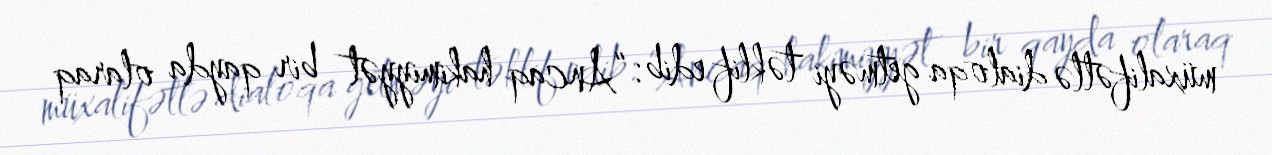
müxalifətlə dialoqa getməyi təklif edib: “Ancaq hakimiyyət bir qayda olaraq